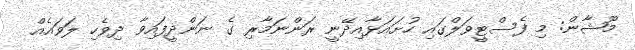
މޫޝާން: މި ފެސްޓީވަލްގައި ހުށައަޅާއިދޭނީ ރަންނަމާރި ގެ ނަންދީފައިވާ ދިވެހި ލަވައެއް